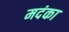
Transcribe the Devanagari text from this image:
मदंका